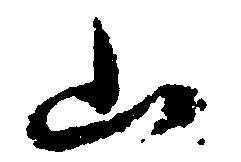
山